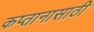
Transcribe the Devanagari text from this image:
कप्तानासाठी